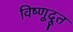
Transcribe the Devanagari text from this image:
विष्णूदूत